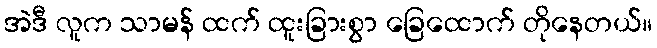
အဲဒီ လူက သာမန် ထက် ထူးခြားစွာ ခြေထောက် တိုနေတယ်။